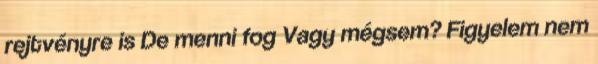
rejtvényre is De menni fog Vagy mégsem? Figyelem nem